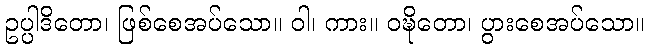
ဥပ္ပါဒိတော၊ ဖြစ်စေအပ်သော။ ဝါ၊ ကား။ ဝဍ္ဎိတော၊ ပွားစေအပ်သော။